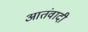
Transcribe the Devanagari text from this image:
आतंवादी